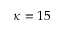
\kappa = 1 5